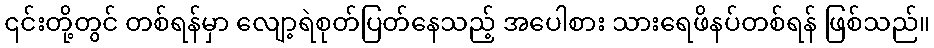
၎င်းတို့တွင် တစ်ရန်မှာ လျော့ရဲစုတ်ပြတ်နေသည့် အပေါစား သားရေဖိနပ်တစ်ရန် ဖြစ်သည်။